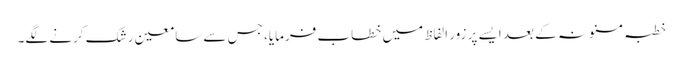
خطبہ مسنونہ کے بعد ایسے پر زور الفاظ میں خطاب فرمایا، جس سے سامعین رشک کرنے لگے۔